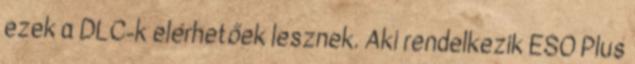
ezek a DLC-k elérhetőek lesznek. Aki rendelkezik ESO Plus